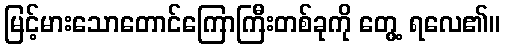
မြင့်မားသောတောင်ကြောကြီးတစ်ခုကို တွေ့ ရလေ၏။